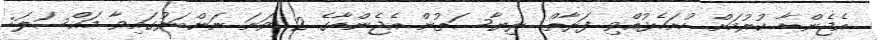
އެޖެންޑާ ކުރުމަށް ހުށަހެޅުއްވި ފަރާތް: ރިޔާސަތުން އެޖެންޑާގެ 2 ވަނަ ނަންބަރުގައިވާ މައްސަލަ: